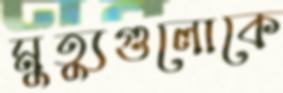
মুত্যুগুলোকে